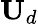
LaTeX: \textbf{U}_{d}